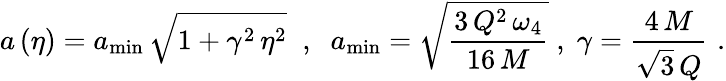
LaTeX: a\left(\eta\right)=a_{\mathrm{min}}\, \sqrt{1+\gamma^{2}\, \eta^{2}}\; \; ,\; \; a_{\mathrm{min}}=\sqrt{\frac{3\, Q^{2}\, \omega_{4}}{16\, M}}\; ,\; \gamma=\frac{4\, M}{\sqrt{3}\, Q}\, \, .